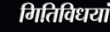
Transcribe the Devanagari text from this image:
गितिविधयां